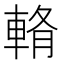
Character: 𨌖